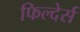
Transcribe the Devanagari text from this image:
फिल्देर्स